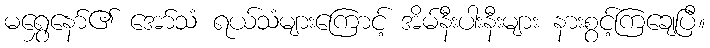
မရွှေနော်၏ အော်သံ ရယ်သံများကြောင့် အိမ်နီးပါးနီးများ နားစွင့်ကြချေပြီ။